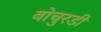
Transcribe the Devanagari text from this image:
बोचुरडी